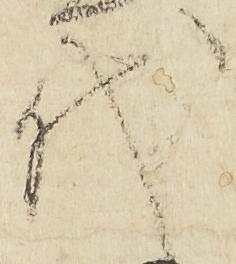
代